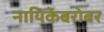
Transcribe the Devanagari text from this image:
नायिकेबरोबर